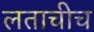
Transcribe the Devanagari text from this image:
लताचीच